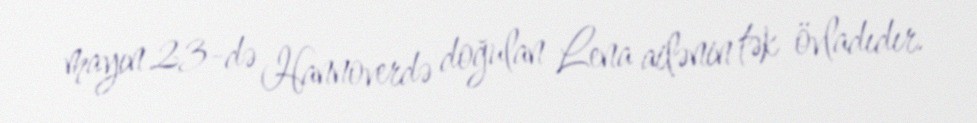
mayın 23-də Hannoverdə doğulan Lena ailənin tək övladıdır.